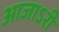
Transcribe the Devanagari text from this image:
आजाऽरी